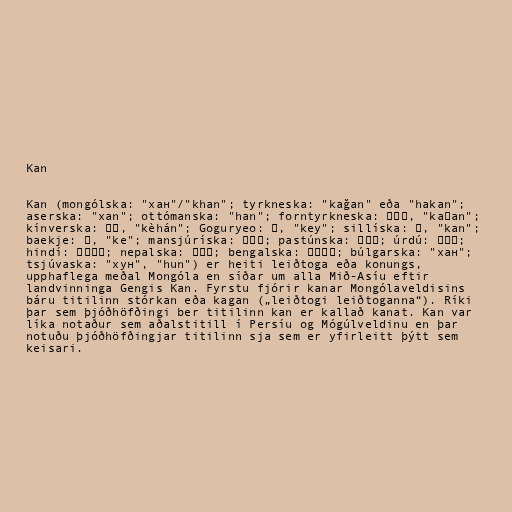
Kan

Kan (mongólska: "хан"/"khan"; tyrkneska: "kağan" eða "hakan";
aserska: "xan"; ottómanska: "han"; forntyrkneska: 𐰴𐰍𐰣, "kaɣan";
kínverska: 可汗, "kèhán"; Goguryeo: 皆, "key"; sillíska: 干, "kan";
baekje: 瑕, "ke"; mansjúríska: ᡥᠠᠨ; pastúnska: خان; úrdú: خان‎;
hindí: ख़ान; nepalska: खाँ; bengalska: খ়ান; búlgarska: "хан";
tsjúvaska: "хун", "hun") er heiti leiðtoga eða konungs,
upphaflega meðal Mongóla en síðar um alla Mið-Asíu eftir
landvinninga Gengis Kan. Fyrstu fjórir kanar Mongólaveldisins
báru titilinn stórkan eða kagan („leiðtogi leiðtoganna“). Ríki
þar sem þjóðhöfðingi ber titilinn kan er kallað kanat. Kan var
líka notaður sem aðalstitill í Persíu og Mógúlveldinu en þar
notuðu þjóðhöfðingjar titilinn sja sem er yfirleitt þýtt sem
keisari.